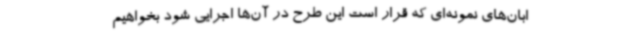
ابان‌های نمونه‌ای که قرار است این طرح در آن‌ها اجرایی شود بخواهیم